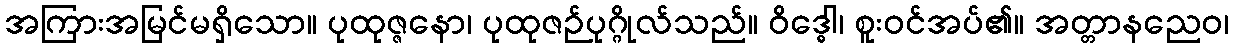
အကြားအမြင်မရှိသော။ ပုထုဇ္ဇနော၊ ပုထုဇဉ်ပုဂ္ဂိုလ်သည်။ ဝိဒ္ဓေါ၊ စူးဝင်အပ်၏။ အတ္တာနညေဝ၊